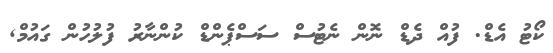
ކޯޓު އެޑް. ފުއް ދެޑް ނޮން ނެޓުސް ސަސްޕެންޑް ކުންނާރު ފުލުހުން ގައުމް